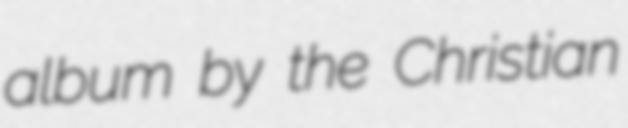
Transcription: album by the Christian